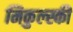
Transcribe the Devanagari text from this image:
मिकुल्स्की